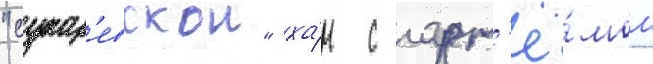
"сухар'евскои" ха́н с арт'ё́мом